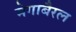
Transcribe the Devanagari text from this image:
मेगाबैरल